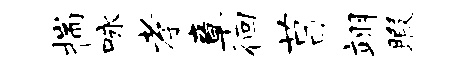
揣咏孝章徊莒翊暇